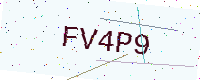
Text: FV4P9